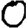
Digit: 0